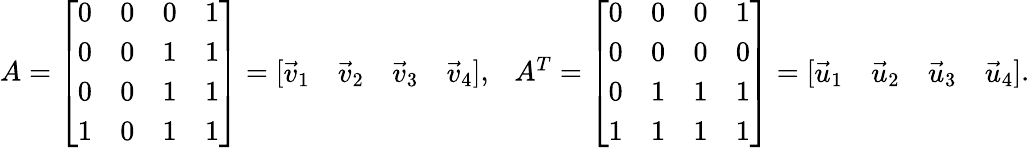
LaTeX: \begin{array}{r}{A=\left[\begin{array}{llll}{0}&{0}&{0}&{1}\\ {0}&{0}&{1}&{1}\\ {0}&{0}&{1}&{1}\\ {1}&{0}&{1}&{1}\end{array}\right]=\left[\begin{array}{llll}{\vec{v}_{1}}&{\vec{v}_{2}}&{\vec{v}_{3}}&{\vec{v}_{4}}\end{array}\right],\ \ \ A^{T}=\left[\begin{array}{llll}{0}&{0}&{0}&{1}\\ {0}&{0}&{0}&{0}\\ {0}&{1}&{1}&{1}\\ {1}&{1}&{1}&{1}\end{array}\right]=\left[\begin{array}{llll}{\vec{u}_{1}}&{\vec{u}_{2}}&{\vec{u}_{3}}&{\vec{u}_{4}}\end{array}\right].}\end{array}